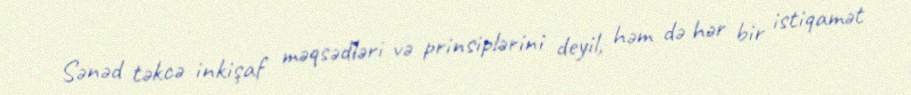
Sənəd təkcə inkişaf məqsədləri və prinsiplərini deyil, həm də hər bir istiqamət